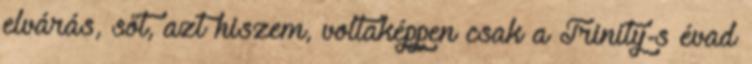
elvárás, sőt, azt hiszem, voltaképpen csak a Trinity-s évad